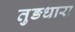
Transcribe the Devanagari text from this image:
तुङधारा